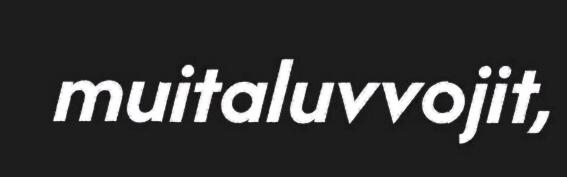
muitaluvvojit,